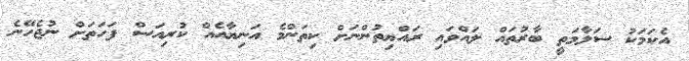
އެކަމަކު ސަލާމަތީ ބާރުތައް ލައްވައި ރައްޔިތުންނަށް ކިތަންމެ އަނިޔާއެއް ކުރިއަސް ފަހަަތަށް ނުޖެހޭނެ